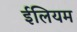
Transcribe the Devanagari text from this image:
ईलियम